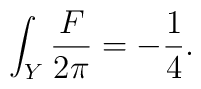
\int_Y{F\over 2\pi}=-{1\over 4}.